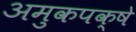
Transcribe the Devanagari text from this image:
अमुकपक्षे